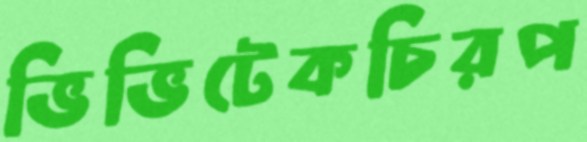
ভিভিটেকচিরপ